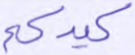
كيدكم